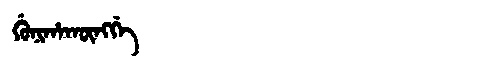
Manchu: ᡤᡠᠨᡳᡥᠠᡴᡡᠩᡤᡝ
Romanization: GUNIHAKŪNGGE